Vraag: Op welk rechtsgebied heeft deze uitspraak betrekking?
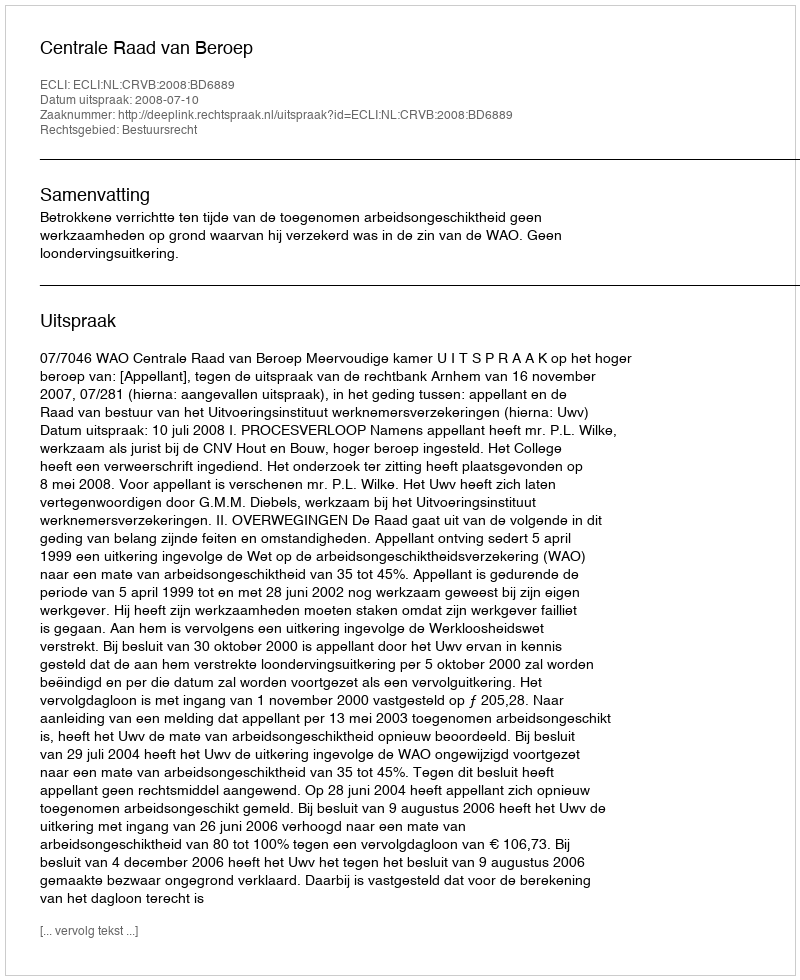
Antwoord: Bestuursrecht